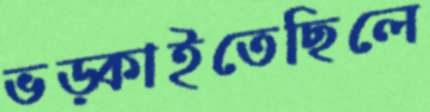
ভড়্‌কাইতেছিলে